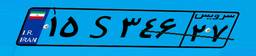
۱۵S۳۴۶۲۷